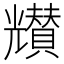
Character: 𠓒